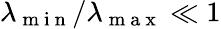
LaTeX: \lambda_{\mathrm{~m~i~n~}}/\lambda_{\mathrm{~m~a~x~}}\ll 1